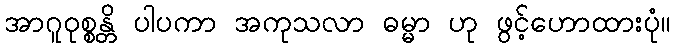
အာဂူဝုစ္စန္တိ ပါပကာ အကုသလာ ဓမ္မာ ဟု ဖွင့်ဟောထားပုံ။